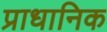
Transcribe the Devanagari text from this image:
प्राधानिक